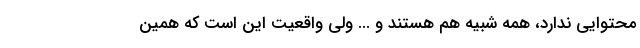
محتوایی ندارد، همه شبیه هم هستند و ... ولی واقعیت این است که همین